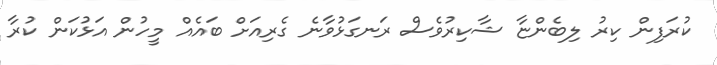
ކުރަފިން ކިރު ލިބެންޏާ ޝާކިރުވެސް ރަނގަޅުވާނެ ގެރިއަށް ބައެއް މީހުން އަޅުކަން ކުރާ